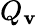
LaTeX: Q_{\mathbf{v}}